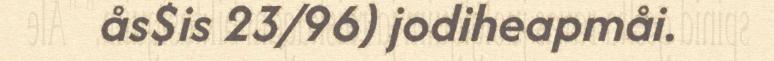
ås$is 23/96) jodiheapmåi.